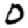
Digit: 0